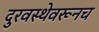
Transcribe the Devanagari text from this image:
दुरवस्थेवरूनच